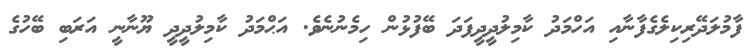
ފާމުލަދޭރިކިލެގެފާނާއި އަހްމަދު ކާމިލުދީދީފަދަ ބޭފުޅުން ހިމެނުނެވެ. އަޙްމަދު ކާމިލުދީދީ ޔޫނާނީ އަރަބި ބޭހުގެ